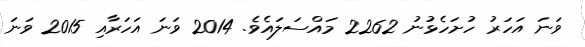
ވަނަ އަހަރު ހުށަހެޅުނު 2262 މައްސަލައެވެ. 2014 ވަނަ އަހަރާއި 2015 ވަނަ